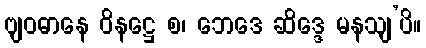
ဗျဝဓာနေ ဝိနဋ္ဌေ စ၊ ဘေဒေ ဆိဒ္ဒေ မနသျ’ပိ။